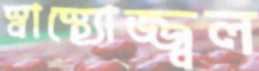
স্বাস্থ্যোজ্জ্বল